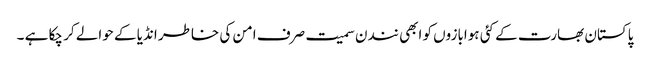
پاکستان بھارت کے کئی ہوابازوں کو ابھی نندن سمیت صرف امن کی خاطر انڈیا کے حوالے کر چکا ہے ۔